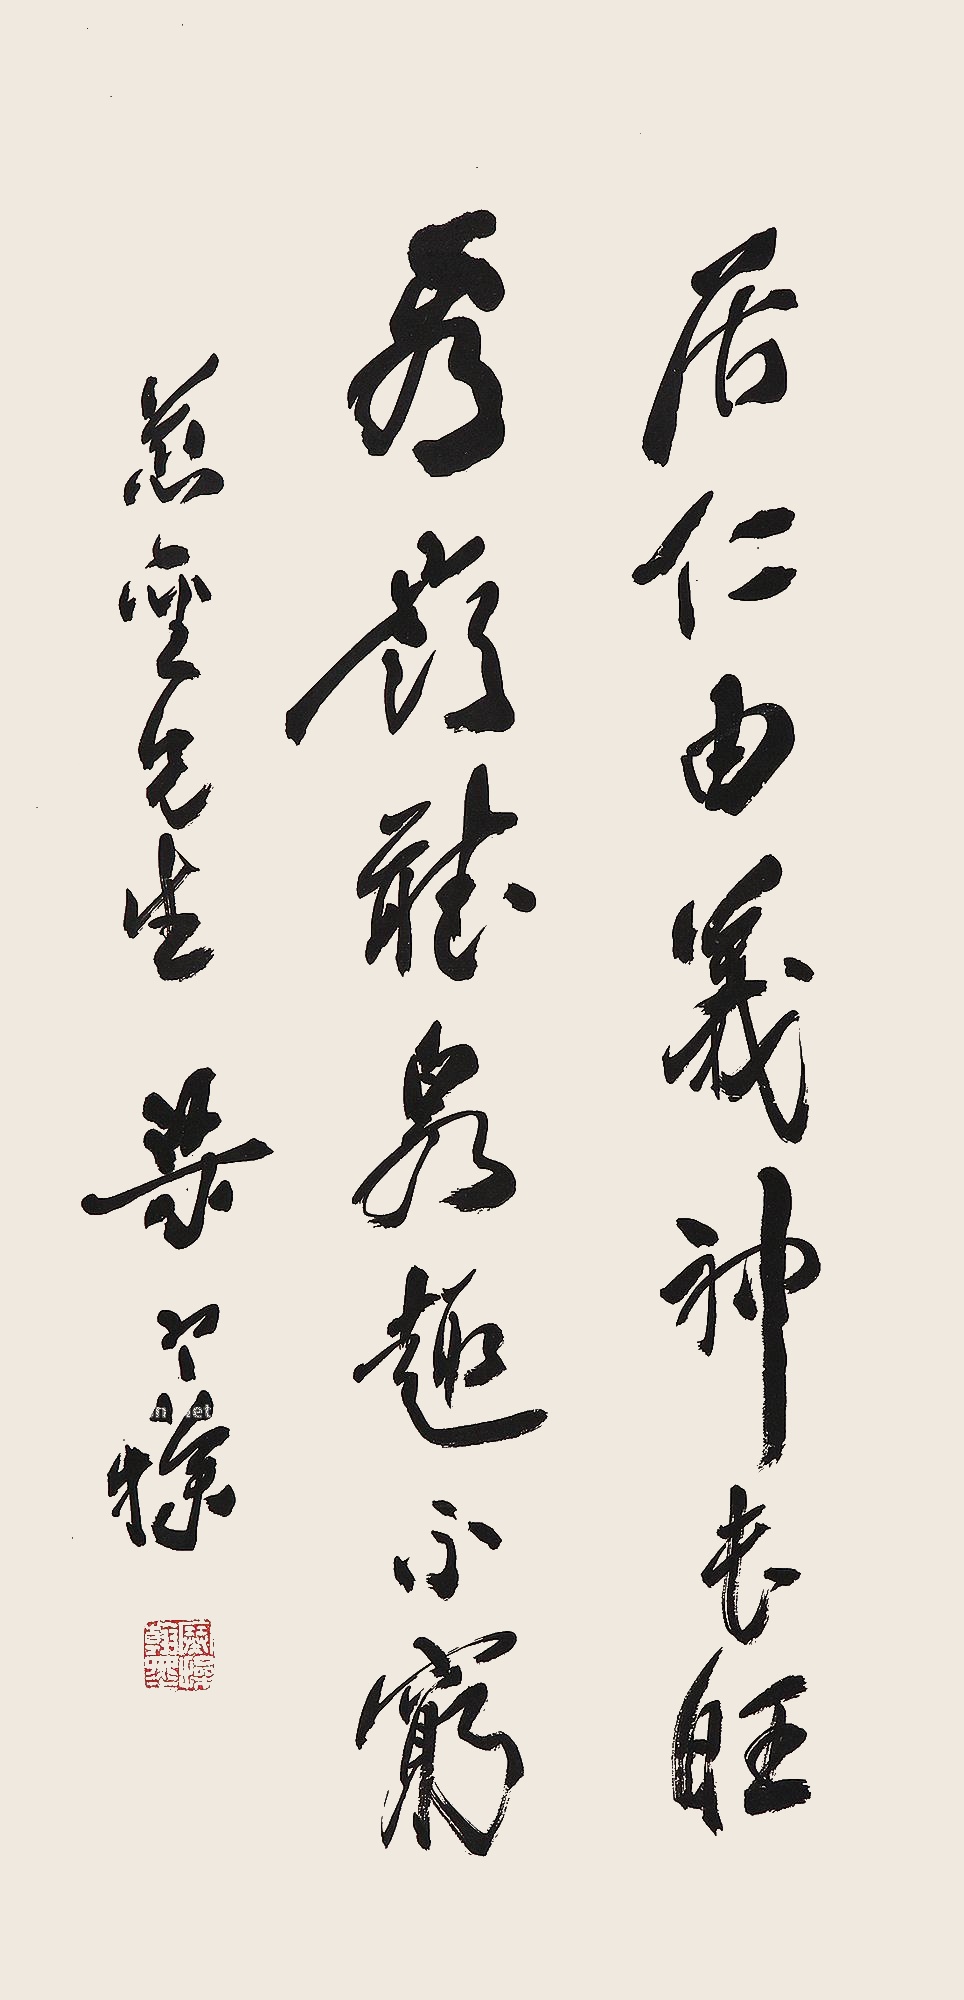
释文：居仁由义神长旺，看岭听泉趣不穷。慈圣先生，梁寒操。